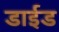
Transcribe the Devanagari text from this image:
डाईड